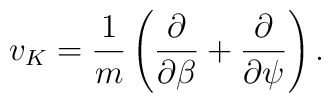
v_K=\frac{1}{m}\left(\frac{\partial}{\partial \beta}+\frac{\partial}{\partial \psi}\right).